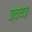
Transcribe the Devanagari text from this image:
ज्वायज़